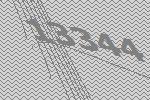
13344